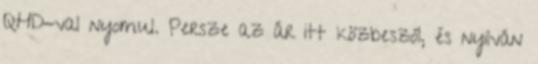
QHD-val nyomul. Persze az ár itt közbeszól, és nyilván